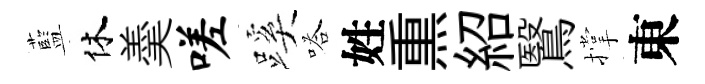
藍休羮嗟蹊嗒姓𤋱紹鷖撑東